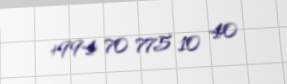
+994 70 775 10 40